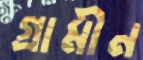
গ্রামীন